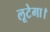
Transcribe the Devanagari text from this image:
लूटेगा।